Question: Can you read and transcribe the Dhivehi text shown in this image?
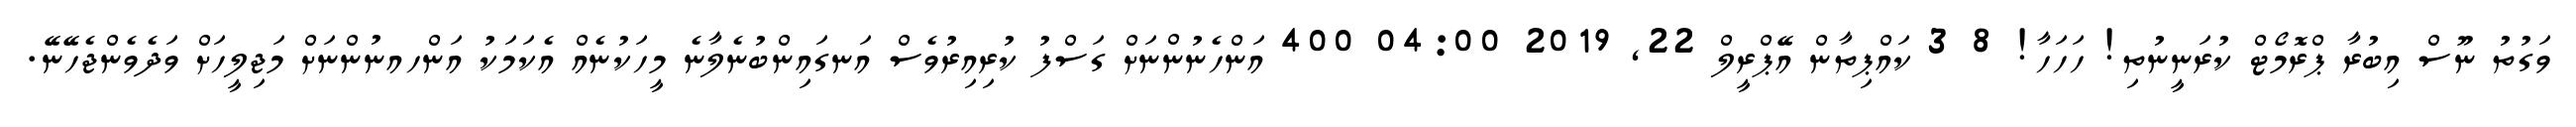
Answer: ވަގުތު ނޫސް އިބުރާ ޕްރޮމޯޓް ކުރަނީނުތި! ހަހަހާ! 8 3 ކައްޕިތާން އޭޕްރީލް 22, 2019 04:00 400 އަންހެނުންނަށް ގަސްފު ކުރިއިރުވެސް އަނގައިންބުނެލާނެ މީހަކުނެއް އެކަމަކު އަންހއނުންނަށް މަޖިލީހަށް ވަދެވެންޖެހޭނޭ.